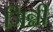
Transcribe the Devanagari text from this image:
जिन्नी